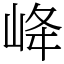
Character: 𡶶